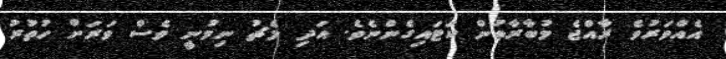
އެއްވަރުވެ ރާއްޖެ މުބާރާތުން ކަޓައިގެންނެވެ. އަދި މެޗު ނިމުނީ ވެސް ވަރަށް ހުތުރު